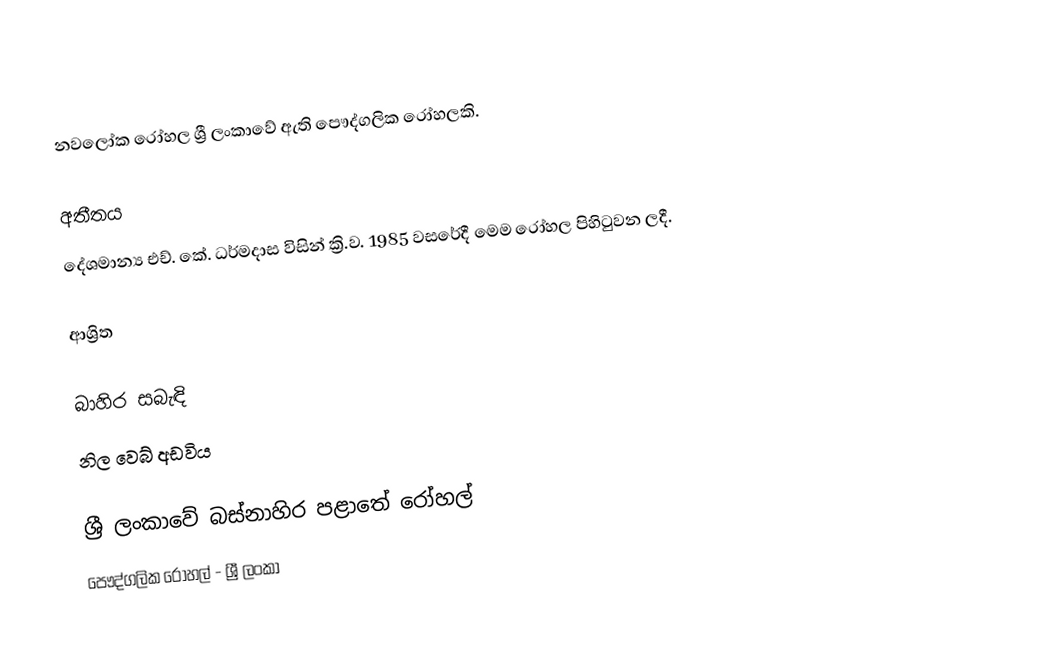
නවලෝක රෝහල ශ්‍රී ලංකාවේ ඇති පෞද්ගලික රෝහලකි.

අතීතය
දේශමාන්‍ය එච්. කේ. ධර්මදාස විසින් ක්‍රි.ව. 1985 වසරේදී  මෙම රෝහල පිහිටුවන ලදී.

ආශ්‍රිත

බාහිර සබැඳි
  නිල වෙබ් අඩවිය

ශ්‍රී ලංකාවේ බස්නාහිර පළාතේ රෝහල්
පෞද්ගලික රෝහල් - ශ්‍රී ලංකා